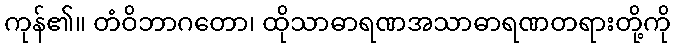
ကုန်၏။ တံဝိဘာဂတော၊ ထိုသာဓာရဏအသာဓာရဏတရားတို့ကို